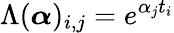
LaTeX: \Lambda(\boldsymbol{\alpha})_{i,j}=e^{\alpha_{j}t_{i}}